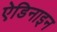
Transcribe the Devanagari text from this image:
ऐडिनाइन